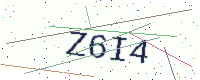
Text: Z6I4